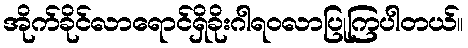
အိုက်ခိုင်လာရောင်ရှိခိုးဂါရဝလာပြုကြပါတယ်။